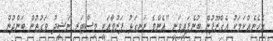
އެހެނެއްކަމަކު އެގްރޫޕުން ބުނެފައިވަނީ "އެންމެ ރަނގަޅު ފަރުވާއަކީ މިސްޓަރ ނަޝީދު ވަގުތުން ބަންދުން